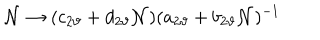
{ \cal N } \rightarrow ( c _ { 2 \vartheta } + d _ { 2 \vartheta } { \cal N } ) ( a _ { 2 \vartheta } + b _ { 2 \vartheta } { \cal N } ) ^ { - 1 }